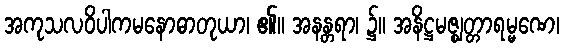
အကုသလဝိပါကမနောဓာတုယာ၊ ၏။ အနန္တရာ၊ ၌။ အနိဋ္ဌမဇ္ဈတ္တာရမ္မဏေ၊